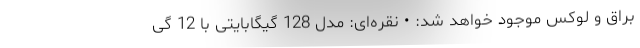
براق و لوکس موجود خواهد شد: • نقره‌ای: مدل 128 گیگابایتی با 12 گی